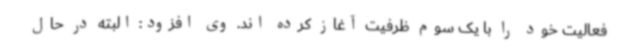
فعالیت خود را با یک سوم ظرفیت آغاز کرده اند. وی افزود: البته در حال